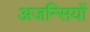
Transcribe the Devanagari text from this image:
अजन्सियों